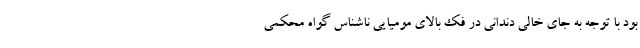
بود با توجه به جای خالی دندانی در فک بالای مومیایی ناشناس گواه محکمی